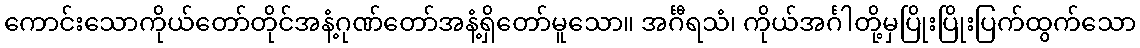
ကောင်းသောကိုယ်တော်တိုင်အနံ့ဂုဏ်တော်အနံ့ရှိတော်မူသော။ အင်္ဂီရသံ၊ ကိုယ်အင်္ဂါတို့မှပြိုးပြိုးပြက်ထွက်သော